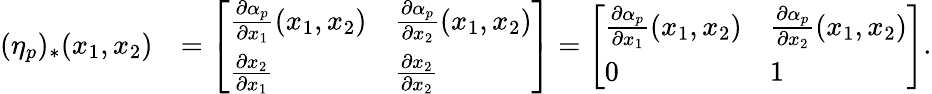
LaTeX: \begin{array}{rl}{(\eta_{p})_{*}(x_{1},x_{2})}&{=\left[\begin{array}{ll}{\frac{\partial\alpha_{p}}{\partial x_{1}}(x_{1},x_{2})}&{\frac{\partial\alpha_{p}}{\partial x_{2}}(x_{1},x_{2})}\\ {\frac{\partial x_{2}}{\partial x_{1}}}&{\frac{\partial x_{2}}{\partial x_{2}}}\end{array}\right]=\left[\begin{array}{ll}{\frac{\partial\alpha_{p}}{\partial x_{1}}(x_{1},x_{2})}&{\frac{\partial\alpha_{p}}{\partial x_{2}}(x_{1},x_{2})}\\ {0}&{1}\end{array}\right].}\end{array}